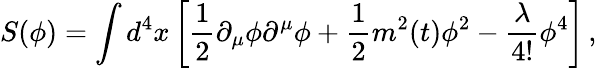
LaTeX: S(\phi)=\int d^{4}x\left[\frac{1}{2}\partial_{\mu}\phi\partial^{\mu}\phi+\frac{1}{2}m^{2}(t)\phi^{2}-\frac{\lambda}{4!}\phi^{4}\right]\, ,